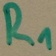
Text: R1